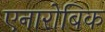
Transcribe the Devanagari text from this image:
एनारोबिक